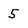
Character: 5